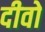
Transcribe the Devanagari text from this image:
दीवो